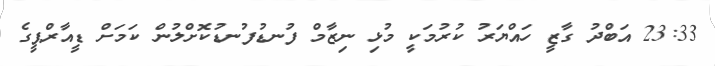
23:33 އަބްދު ގާޒީ ހައްޔަރު ކުރުމަކީ މުޅި ނިޒާމް ފުނޑުފުނޑުކޮށްލުން ކަމަށް ޑީއާރްޕީގެ